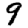
Digit: 9